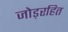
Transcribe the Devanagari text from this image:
जोड़रहित